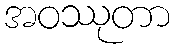
အဝဿုတာ